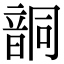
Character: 𩐤